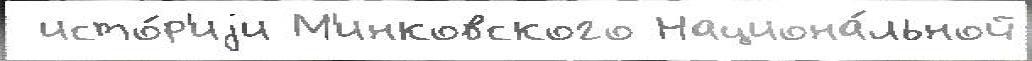
 исто́р'иjи М'инковского Национа́льной